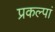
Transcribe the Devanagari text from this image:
प्रकल्पां